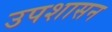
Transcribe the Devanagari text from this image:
उपशासन